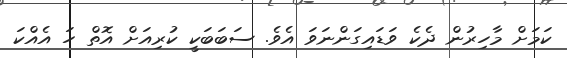
ކަމަށް މާހިރުން ދެކެ ވަޑައިގަންނަވަ އެވެ. ސަބަބަކީ ކުރިއަށް އޮތް ހަ އެއްކަ